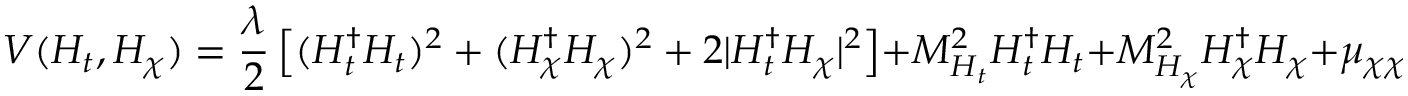
V ( H _ { t } , H _ { \chi } ) = \frac { \lambda } { 2 } \left[ ( H _ { t } ^ { \dagger } H _ { t } ) ^ { 2 } + ( H _ { \chi } ^ { \dagger } H _ { \chi } ) ^ { 2 } + 2 | H _ { t } ^ { \dagger } H _ { \chi } | ^ { 2 } \right] + M _ { H _ { t } } ^ { 2 } H _ { t } ^ { \dagger } H _ { t } + M _ { H _ { \chi } } ^ { 2 } H _ { \chi } ^ { \dagger } H _ { \chi } + \mu _ { \chi \chi } \mu _ { \chi t } \left( H _ { t } ^ { \dagger } H _ { \chi } + \mathrm { h . c . } \right) ~ .